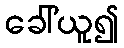
ခေါ်ယူ၍